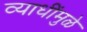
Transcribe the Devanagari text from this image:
व्याधींमुळे